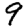
Digit: 9